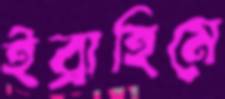
ইব্রাহিমে